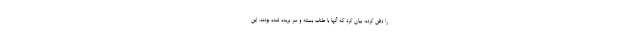
را دفن کرده، بیان کرد که آنها با طناب بسته و سر بریده شده بودند. این